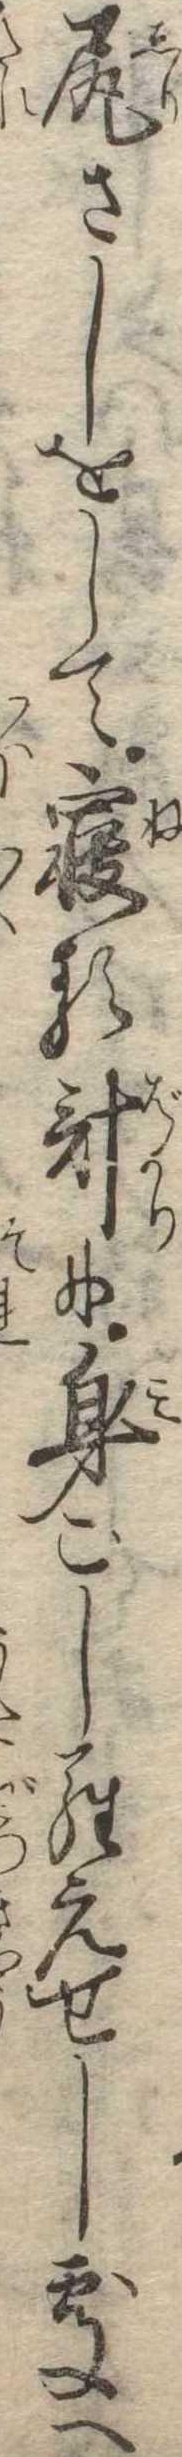
尻さしをして寝る計に身ごしらえせし処へ